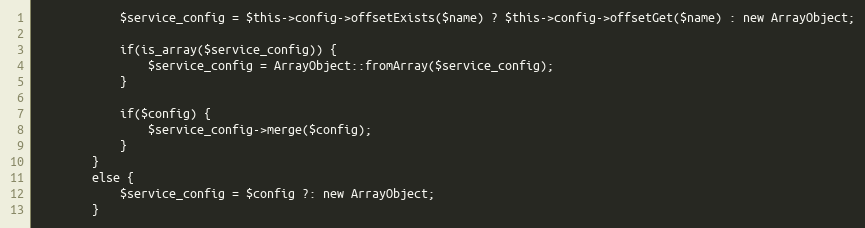
Language: PHP
            $service_config = $this->config->offsetExists($name) ? $this->config->offsetGet($name) : new ArrayObject;

            if(is_array($service_config)) {
                $service_config = ArrayObject::fromArray($service_config);
            }

            if($config) {
                $service_config->merge($config);
            }
        }
        else {
            $service_config = $config ?: new ArrayObject;
        }